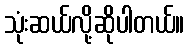
သုံးဆယ်လို့ဆိုပါတယ်။